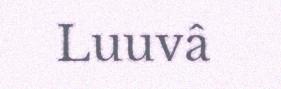
Luuvâ